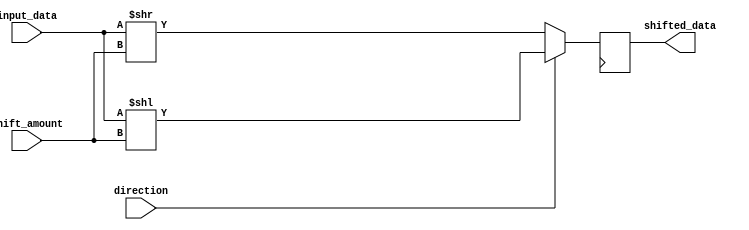
module Hybrid_Barrel_Shifter(
  input [7:0] input_data,
  input [2:0] shift_amount,
  input direction, // 0 for right shift, 1 for left shift
  output reg [7:0] shifted_data
);

reg [7:0] temp_data;

always @(*) begin
  if (direction == 0) // right shift
    temp_data = input_data >> shift_amount;
  else // left shift
    temp_data = input_data << shift_amount;
end

always @(posedge clk) begin
  shifted_data <= temp_data;
end

endmodule